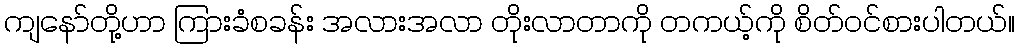
ကျနော်တို့ဟာ ကြားခံစခန်း အလားအလာ တိုးလာတာကို တကယ့်ကို စိတ်ဝင်စားပါတယ်။